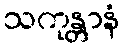
သကုန္တာနံ